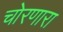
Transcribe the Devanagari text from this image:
चोरणारा